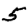
Digit: 5